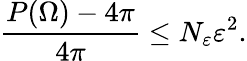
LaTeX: \frac{P(\Omega)-4\pi}{4\pi}\leq N_{\varepsilon}\varepsilon^{2}.